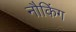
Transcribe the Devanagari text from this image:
नौकिंग